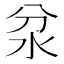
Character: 𱥷